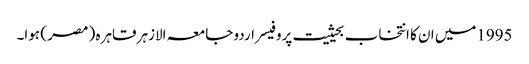
1995میں ان کا انتخاب بحیثیت پروفیسر اردو جامعہ الازہر قاہرہ ( مصر ) ہوا۔